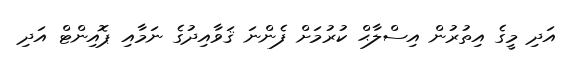
އަދި މީގެ އިތުރުން އިސްލާޙް ކުރުމަށް ފެންނަ ޤަވާއިދުގެ ނަމާއި ޕޮއިންޓް އަދި